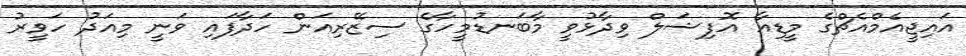
އައިޖީއެމްއެޗްގެ މީޑިއާ އޮފިޝަލް ވިދާޅުވީ މާބަނޑުމީހާގެ ސިޒޭރިއަން ހަދާފައި ވަނީ މިއަދު ހަވީރު